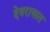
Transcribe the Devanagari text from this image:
देवरायात